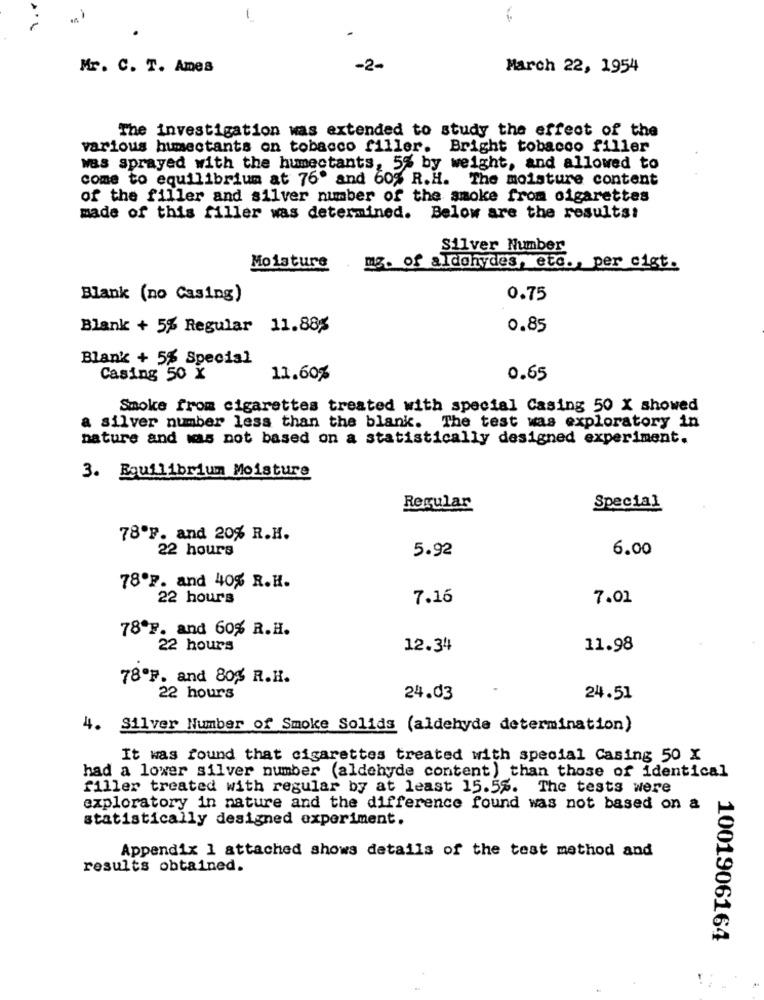
Mr. C. T. Ames
-2-
March 22, 1954
The investigation was extended to study the effect of the
various humectants on tobacco filler. Bright tobacco filler
was sprayed with the humectants, 5% by weight, and allowed to
come to equilibrium at 76º and 60% R.H. The moisture content
of the filler and silver number of the smoke from cigarettes
made of this filler was determined. Below are the results!
Silver Number
Moisture
mg. of aldohydes, etc ., per cigt.
Blank (no Casing)
0.75
Blank + 5% Regular 11.88%
0.85
Blank + 5% Special
Casing 50 X
11.60%
0.65
Smoke from cigarettes treated with special Casing 50 X showed
a silver number less than the blank. The test was exploratory in
nature and was not based on a statistically designed experiment.
3. Equilibrium Moisture
Regular
Special
78ºF. and 20% R.H.
22 hours
5.92
6.00
78ºF. and 40% R.H.
22 hours
7.16
7.01
78ºF. and 60% R.H.
22 hours
12.34
11.98
78ºF. and 80% R.H.
22 hours
24.03
24.51
4. Silver Number of Smoke Solids (aldehyde determination)
It was found that cigarettes treated with special Casing 50 X
had a lower silver number (aldehyde content) than those of identical
filler treated with regular by at least 15.5%. The tests were
exploratory in nature and the difference found was not based on a
statistically designed experiment.
Appendix 1 attached shows details of the test method and
results obtained.
1001906164